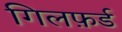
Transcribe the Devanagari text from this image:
गिलफ़र्ड